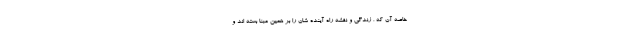
خاصه آن که ، زندگی و نقشه راه آینده شان را بر همین مبنا بسته اند و